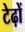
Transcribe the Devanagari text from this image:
टेढ़ों